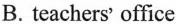
B. teachers' office